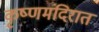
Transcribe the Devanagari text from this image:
कृष्णमंदिरात